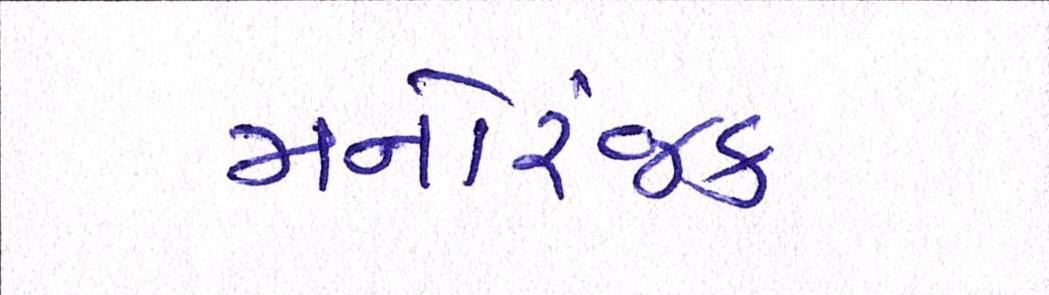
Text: મનોરંજક